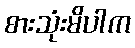
စားသုံးမိပါက